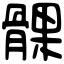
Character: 髁